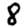
Digit: 8